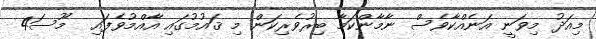
މިއަދު މިވަނީ އަނެއްކާވެސް ނާމާންކަމާ ބިރުވެރިކަން މި ޤައުމުގައި އާއްމުވެފައި  މޫސަ4